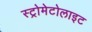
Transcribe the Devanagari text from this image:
स्ट्रोमेटोलाइट